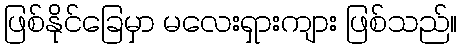
ဖြစ်နိုင်ခြေမှာ မလေးရှားကျား ဖြစ်သည်။